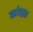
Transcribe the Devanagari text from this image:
कांदळ